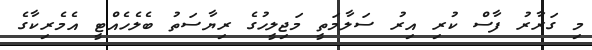
މި ގަރާރު ފާސް ކުރި އިރު ސަލާމަތީ މަޖިލީހުގެ ރިޔާސަތު ބެލެހެއްޓީ އެމެރިކާގެ